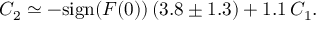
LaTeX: C _ { 2 } \simeq - \mathrm { s i g n } ( F ( 0 ) ) \, ( 3 . 8 \pm 1 . 3 ) + 1 . 1 \, C _ { 1 } .